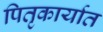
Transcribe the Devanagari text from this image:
पितृकार्यात